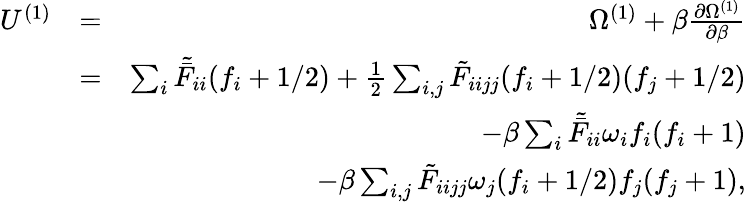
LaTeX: \begin{array}{rlr}{U^{(1)}}&{=}&{\Omega^{(1)}+\beta\frac{\partial\Omega^{(1)}}{\partial\beta}}\\ &{=}&{\sum_{i}\tilde{\bar{F}}_{ii}{(f_{i}+1/2)}+\frac{1}{2}\sum_{i,j}\tilde{F}_{iijj}(f_{i}+1/2)(f_{j}+1/2)}\\ &{}&{-{\beta}\sum_{i}\tilde{\bar{F}}_{ii}\omega_{i}f_{i}(f_{i}+1)}\\ &{}&{-{\beta}\sum_{i,j}\tilde{F}_{iijj}\omega_{j}(f_{i}+1/2)f_{j}(f_{j}+1),}\end{array}